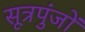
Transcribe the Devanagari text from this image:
सूत्रपुंजों